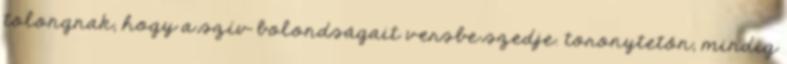
tolongnak, hogy a szív bolondságait versbe szedje. toronytetőn, mindig